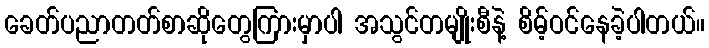
ခေတ်ပညာတတ်စာဆိုတွေကြားမှာပါ အသွင်တမျိုးစီနဲ့ စိမ့်ဝင်နေခဲ့ပါတယ်။